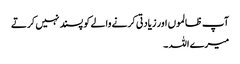
آپ ظالموں اور زیادتی کرنے والے کو پسند نہیں کرتے
میرے اللہ ۔